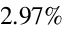
2 . 9 7 \%